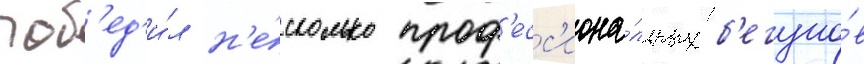
поб'ед'и́л н'е́сколько проф'есс'иона́льных б'егуно́в